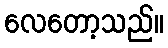
လေတော့သည်။